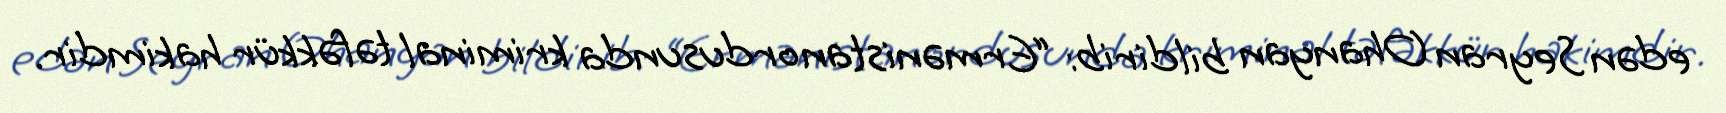
edən Seyran Ohanyan bildirib: “Ermənistan ordusunda kriminal təfəkkür hakimdir.